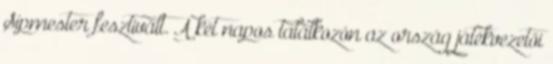
Sípmester fesztivált. A két napos találkozón az ország játékvezetői